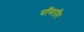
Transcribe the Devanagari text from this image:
पॉमरॉय